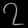
Digit: ၇